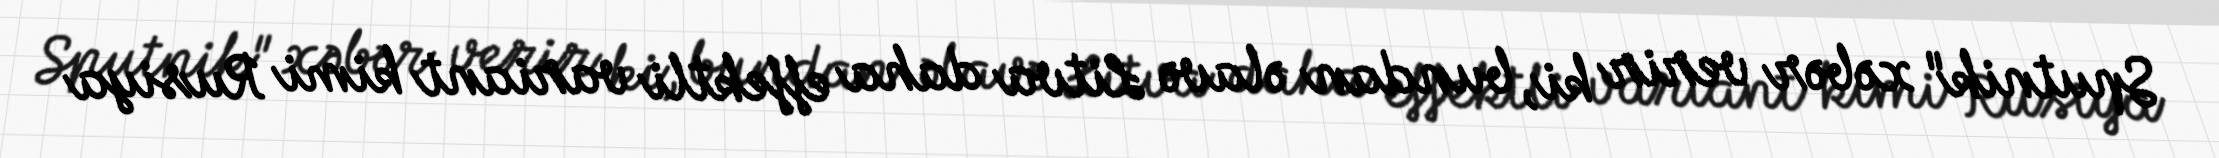
Sputnik" xəbər verir ki, bundan əlavə Litva daha effektli variant kimi Rusiya